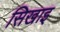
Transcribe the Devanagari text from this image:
सिखाइ